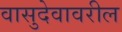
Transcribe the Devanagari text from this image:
वासुदेवावरील